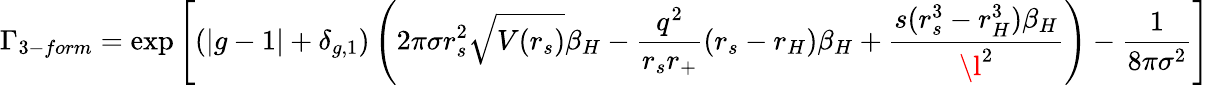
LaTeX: \Gamma_{3-form}=\exp\left[(|g-1|+\delta_{g,1})\left(2\pi\sigma r_{s}^{2}\sqrt{V(r_{s})}\beta_{H}-\frac{q^{2}}{r_{s}r_{+}}(r_{s}-r_{H})\beta_{H}+\frac{s(r_{s}^{3}-r_{H}^{3})\beta_{H}}{\l^{2}}\right)-\frac{1}{8\pi\sigma^{2}}\right]